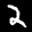
Label: 2